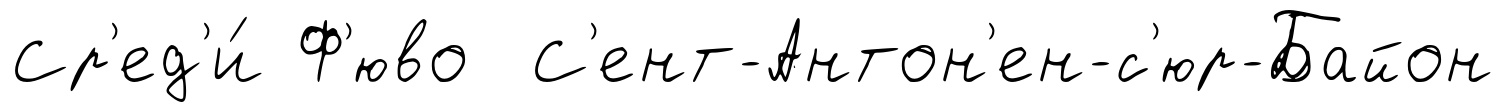
Ср'ед'и́ Ф'юво С'ент-Антон'ен-с'юр-Байон